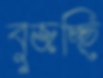
বুজচ্ছি